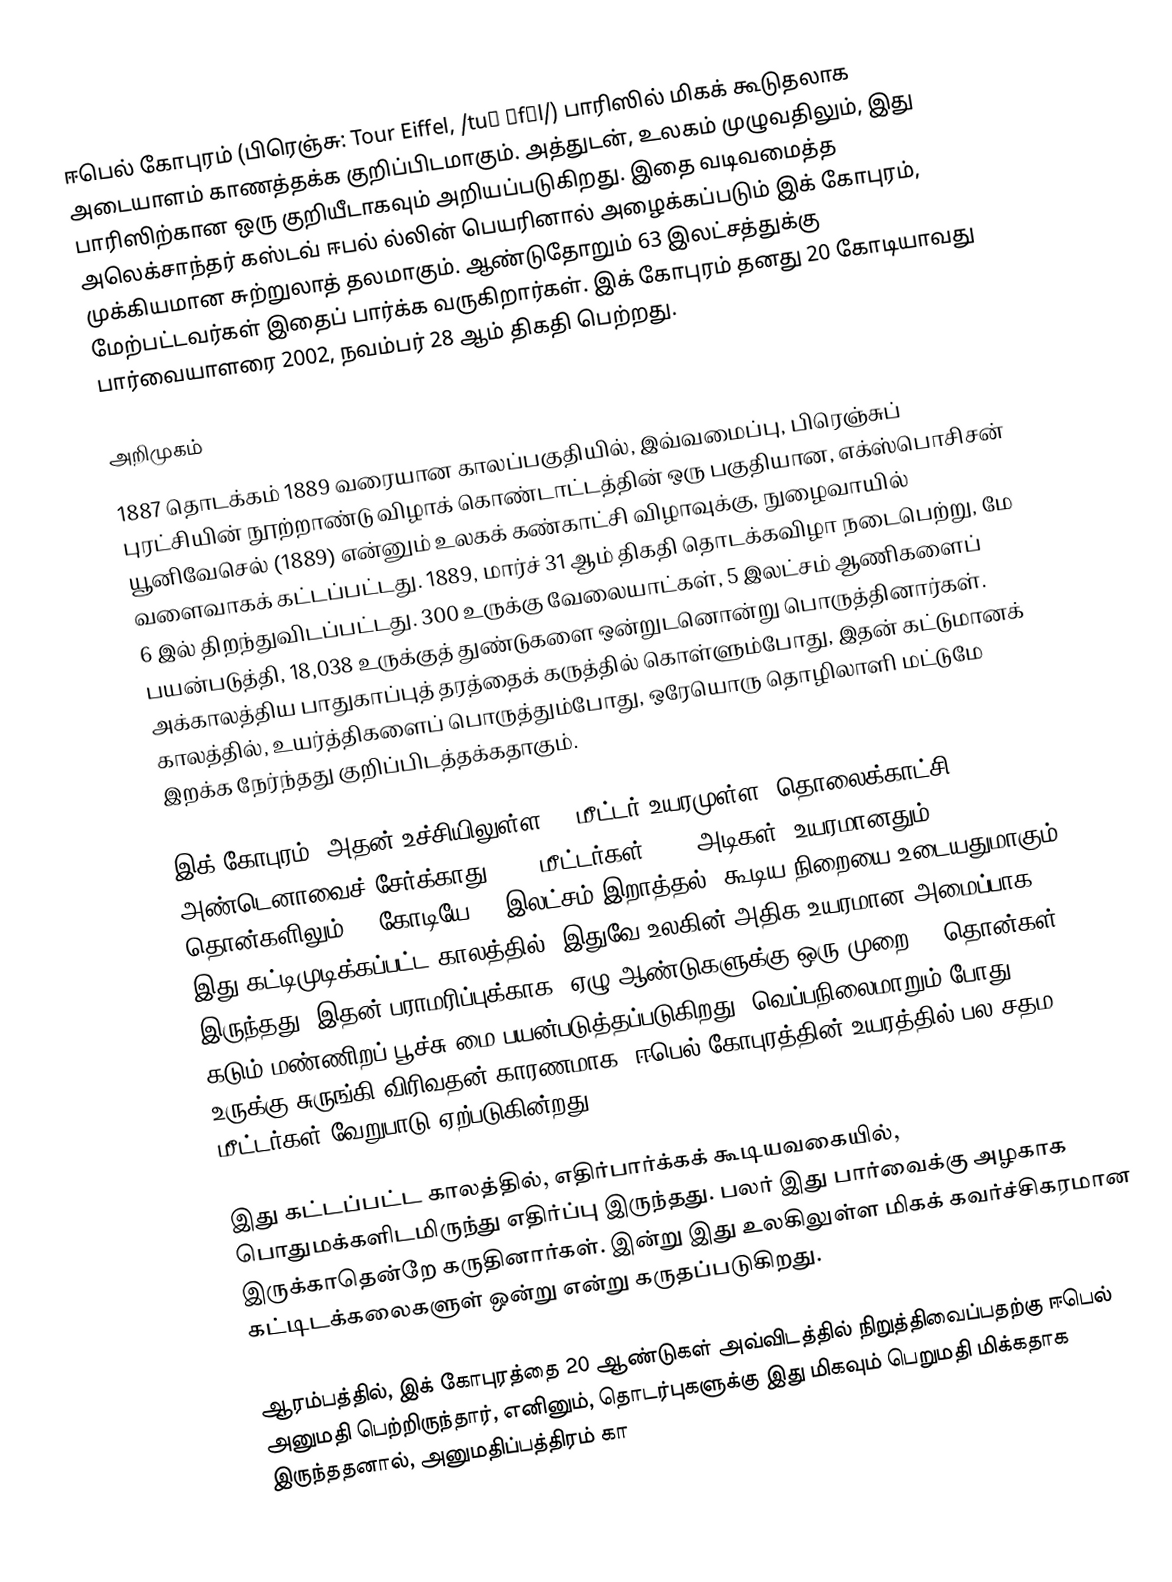
ஈபெல் கோபுரம் (பிரெஞ்சு: Tour Eiffel, /tuʀ ɛfɛl/) பாரிஸில் மிகக் கூடுதலாக அடையாளம் காணத்தக்க குறிப்பிடமாகும். அத்துடன், உலகம் முழுவதிலும், இது பாரிஸிற்கான ஒரு குறியீடாகவும் அறியப்படுகிறது. இதை வடிவமைத்த அலெக்சாந்தர் கஸ்டவ் ஈபல் ல்லின் பெயரினால் அழைக்கப்படும் இக் கோபுரம், முக்கியமான சுற்றுலாத் தலமாகும். ஆண்டுதோறும் 63 இலட்சத்துக்கு மேற்பட்டவர்கள் இதைப் பார்க்க வருகிறார்கள். இக் கோபுரம் தனது 20 கோடியாவது பார்வையாளரை 2002, நவம்பர் 28 ஆம் திகதி பெற்றது.

அறிமுகம்
1887 தொடக்கம் 1889 வரையான காலப்பகுதியில், இவ்வமைப்பு, பிரெஞ்சுப் புரட்சியின் நூற்றாண்டு விழாக் கொண்டாட்டத்தின் ஒரு பகுதியான, எக்ஸ்பொசிசன் யூனிவேசெல் (1889) என்னும் உலகக் கண்காட்சி விழாவுக்கு, நுழைவாயில் வளைவாகக் கட்டப்பட்டது. 1889, மார்ச் 31 ஆம் திகதி தொடக்கவிழா நடைபெற்று, மே 6 இல் திறந்துவிடப்பட்டது. 300 உருக்கு வேலையாட்கள், 5 இலட்சம் ஆணிகளைப் பயன்படுத்தி, 18,038 உருக்குத் துண்டுகளை ஒன்றுடனொன்று பொருத்தினார்கள். அக்காலத்திய பாதுகாப்புத் தரத்தைக் கருத்தில் கொள்ளும்போது, இதன் கட்டுமானக் காலத்தில், உயர்த்திகளைப் பொருத்தும்போது, ஒரேயொரு தொழிலாளி மட்டுமே இறக்க நேர்ந்தது குறிப்பிடத்தக்கதாகும்.

இக் கோபுரம், அதன் உச்சியிலுள்ள, 20மீட்டர் உயரமுள்ள, தொலைக்காட்சி அண்டெனாவைச் சேர்க்காது, 300 மீட்டர்கள் (986 அடிகள்) உயரமானதும், 10,000 தொன்களிலும் (2 கோடியே 10 இலட்சம் இறாத்தல்) கூடிய நிறையை உடையதுமாகும். இது கட்டிமுடிக்கப்பட்ட காலத்தில், இதுவே உலகின் அதிக உயரமான அமைப்பாக இருந்தது. இதன் பராமரிப்புக்காக, ஏழு ஆண்டுகளுக்கு ஒரு முறை 50 தொன்கள் கடும் மண்ணிறப் பூச்சு மை பயன்படுத்தப்படுகிறது. வெப்பநிலைமாறும் போது, உருக்கு சுருங்கி விரிவதன் காரணமாக, ஈபெல் கோபுரத்தின் உயரத்தில் பல சதம மீட்டர்கள் வேறுபாடு ஏற்படுகின்றது.

இது கட்டப்பட்ட காலத்தில், எதிர்பார்க்கக் கூடியவகையில், பொதுமக்களிடமிருந்து எதிர்ப்பு இருந்தது. பலர் இது பார்வைக்கு அழகாக இருக்காதென்றே கருதினார்கள். இன்று இது உலகிலுள்ள மிகக் கவர்ச்சிகரமான கட்டிடக்கலைகளுள் ஒன்று என்று கருதப்படுகிறது.

ஆரம்பத்தில், இக் கோபுரத்தை 20 ஆண்டுகள் அவ்விடத்தில் நிறுத்திவைப்பதற்கு ஈபெல் அனுமதி பெற்றிருந்தார், எனினும், தொடர்புகளுக்கு இது மிகவும் பெறுமதி மிக்கதாக இருந்ததனால், அனுமதிப்பத்திரம் கா